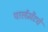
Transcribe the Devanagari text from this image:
पार्लमेंटचे